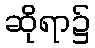
ဆိုရာ၌